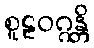
စူဠဝဂ္ဂန္တိ